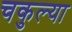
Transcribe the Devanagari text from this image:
चकुल्या